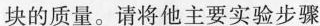
块的质量。请将他主要实验步骤